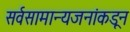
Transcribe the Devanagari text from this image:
सर्वसामान्यजनांकडून